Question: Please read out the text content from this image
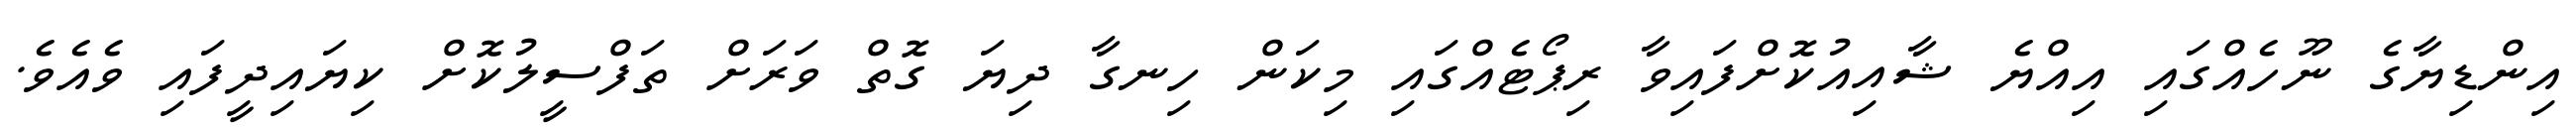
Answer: އިންޑިޔާގެ ނޫހެއްގައި އިއްޔެ ޝާއިއުކޮށްފައިވާ ރިޕޯޓެއްގައި މިކަން ހިނގާ ދިޔަ ގޮތް ވަރަށް ތަފްސީލުކޮށް ކިޔައިދީފައި ވެއެވެ.